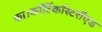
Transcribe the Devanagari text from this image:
का।कॉर्टिकॉस्टरॉएड